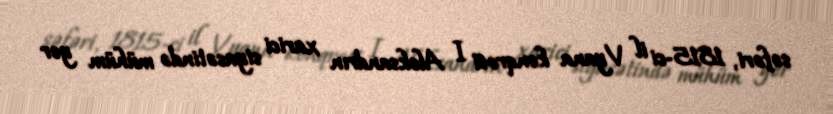
səfəri, 1815-ci il Vyana konqresi I Aleksandrın xarici siyasətində mühüm yer